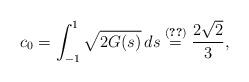
LaTeX: \begin{align*} c_0=\int_{-1}^{1}\sqrt{2G(s)}\,ds\overset{\eqref{gbl}}=\frac{2\sqrt{2}}{3},\end{align*}